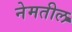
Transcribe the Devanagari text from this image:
नेमतील